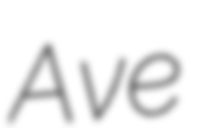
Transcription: Ave